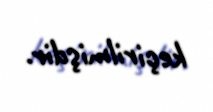
keçirilmişdir.